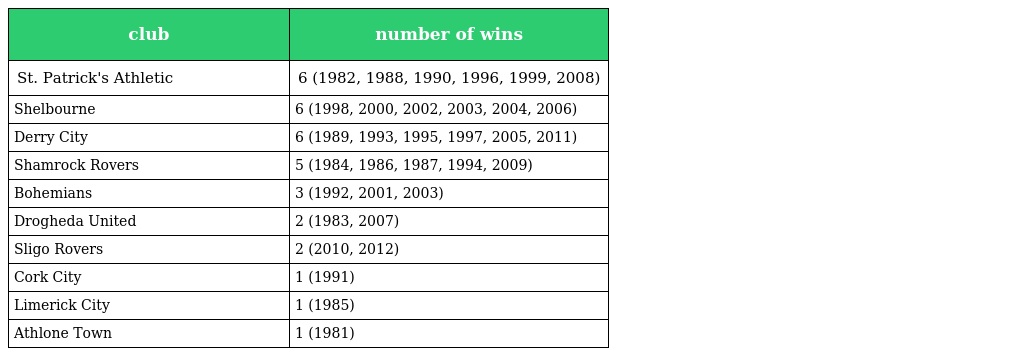
| club | number of wins |
 | --- | --- |
 | St. Patrick's Athletic | 6 (1982, 1988, 1990, 1996, 1999, 2008) |
 | Shelbourne | 6 (1998, 2000, 2002, 2003, 2004, 2006) |
 | Derry City | 6 (1989, 1993, 1995, 1997, 2005, 2011) |
 | Shamrock Rovers | 5 (1984, 1986, 1987, 1994, 2009) |
 | Bohemians | 3 (1992, 2001, 2003) |
 | Drogheda United | 2 (1983, 2007) |
 | Sligo Rovers | 2 (2010, 2012) |
 | Cork City | 1 (1991) |
 | Limerick City | 1 (1985) |
 | Athlone Town | 1 (1981) |